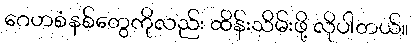
ဂေဟစံနစ်တွေကိုလည်း ထိန်းသိမ်းဖို့ လိုပါတယ်။